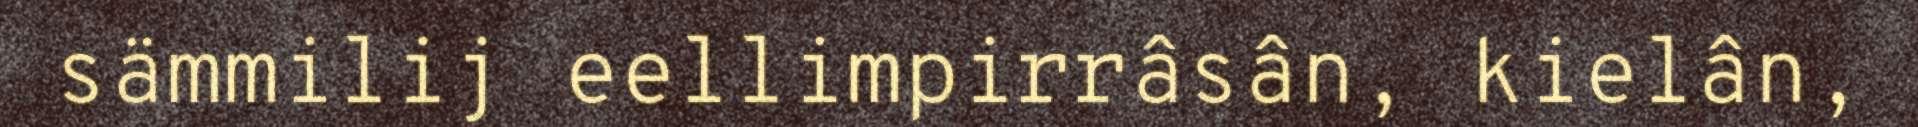
sämmilij eellimpirrâsân, kielân,